Leaving Certificate Examination (including Day School Certificate (Higher) General paper), 1939
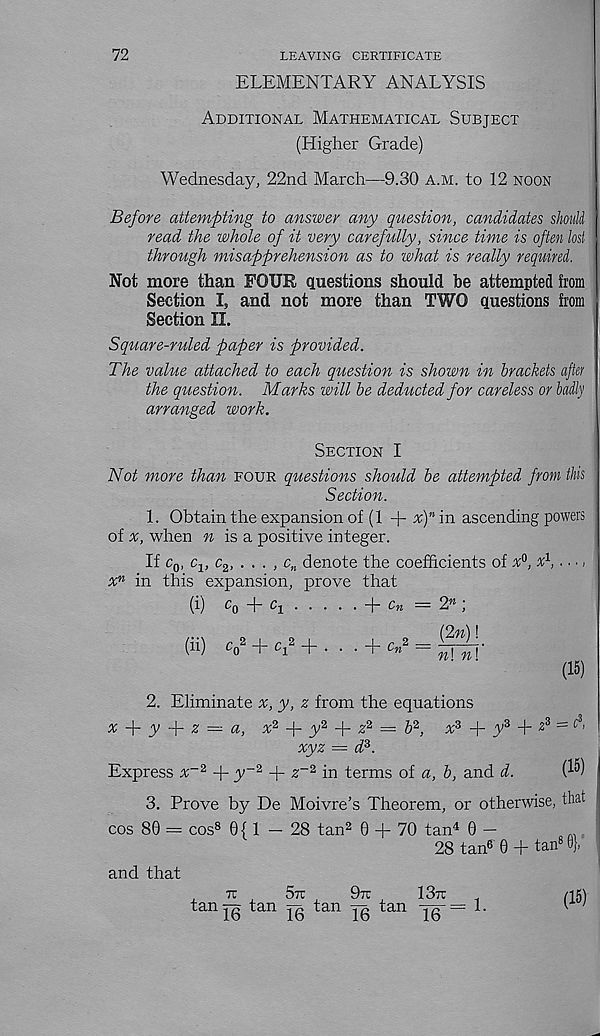
72
LEAVING CERTIFICATE
ELEMENTARY ANALYSIS
Additional Mathematical Subject
(Higher Grade)
Wednesday, 22nd March—9.30 a.m. to 12 noon
Before attempting to answer any question, candidates should
read the whole of it very carefully, since time is often lost
through misapprehension as to what is really required,.
Not more than FOUR questions should he attempted from
Section I, and not more than TWO questions from
Section II.
Square-ruled paper is provided.
The value attached to each question is shown in brackets after
the question. Marks will be deducted for careless or badly
arranged work.
Section I
Not more than four questions should be attempted from this
Section.
1. Obtain the expansion of (1 + X Y in ascending powers
of
when w is a positive integer.
If c 0 , c v c 2 , ... , c n denote the coefficients of x°, x 1 ,. ■ ■,
% n in this expansion, prove that
(i) c o “b c i
+
= 2 OT ;
(ii) C 0 2 + Cl
2 + . . . + Cm 2 =
(15)
2. Eliminate
y, z from the equations
x
y
z — a, :r 2 + y 2 + z 2 = & 2 , a 3 + y 3 +
= c 3 -
xyz = d z .
Express a -2 + T~2 + z~2 i n terms of a, b, and d.
(^)
3. Prove by De Moivre’s Theorem, or otherwise, that
cos 80 — cos 8 0{ 1 — 28 tan 2 0 + 70 tan 4 0 —
28 tan 6 '0 +tan 8 6},
,
TC
Sir
97t
1371
.
tan jg tan
tan jg tan ■|0 _ = L
and that
(15)